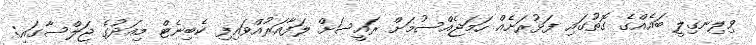
ވިލިނގިލީ ބައެއްގެ ގޮތުގައި ފަޅުރަށެއް ހަމަޖެއްސުމަށް ރައީސަށް ލަފާއަރުއްވައިފި ކެބިނެޓް މިއަދުގެ ޖަލްސާގައި: